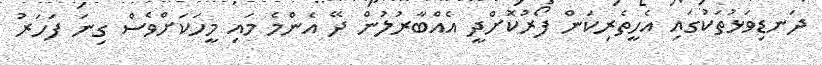
ދަނޑިވަޅުތަކުގައި އެހީތެރިކަން ފޯރުކޮށްދީ އެއްބާރުލުން ދޭ އެންމެ މައި މީހަކަށްވެސް ގިނަ ފަހަރު